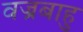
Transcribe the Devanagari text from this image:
वज्रबाहु